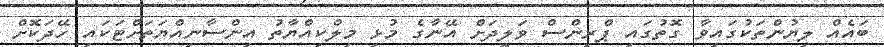
ބައެއް ލިޔުންތަކުގައިވާ ގޮތުގައި ޕްރިންސް ވަލީދަށް އޭނާގެ މުޅި މިލްކިއްޔާތު އިންސާނިއްޔަތަށްޓަކައި ހޭދަކޮށް